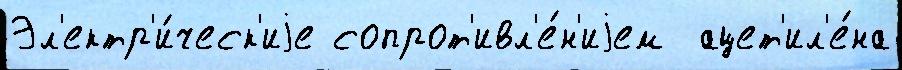
Эл'ектр'и́ческ'иjе сопрот'ивл'е́н'иjем  ацет'ил'е́на